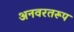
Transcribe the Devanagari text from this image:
अनवरतरूप